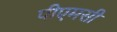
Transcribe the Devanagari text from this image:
पीएमसी